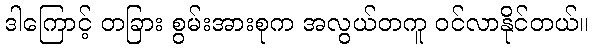
ဒါကြောင့် တခြား စွမ်းအားစုက အလွယ်တကူ ဝင်လာနိုင်တယ်။